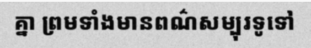
គ្នា ព្រមទាំងមានពណ៌សម្បុរទូទៅ